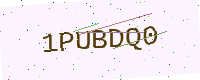
Text: 1PUBDQ0